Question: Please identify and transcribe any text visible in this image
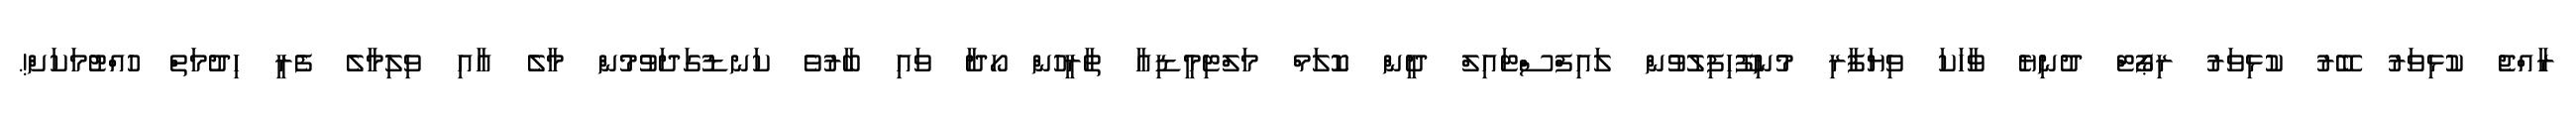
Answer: ރާއްޖެ ކުޅިވަރު ބޭރު ކުޅިވަރު ރިޕޯޓް ދުނިޔެ ވާހަކަ ވިޔަފާރި މުނިފޫހިފިލުވުން ލައިފްސްޓައިލް ދީން ކޮލަމް މަލްޓިމީޑިއާ ތާރީހުން ހޯދާ ވައި ބާރުވެ ކަނޑުގަދަވުމުން މާލެ އާއި ވިލިމާލެ ފެރީ ހިދުމަތް ހުއްޓުމަކަށް!.